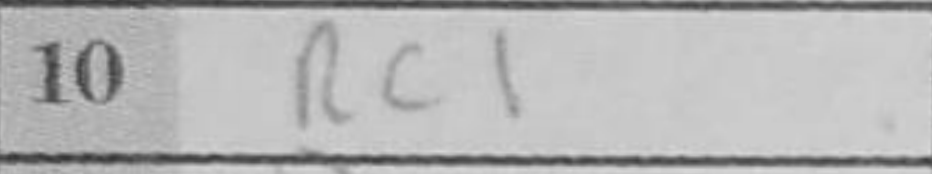
Transcription: Rc1